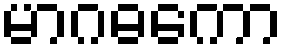
မာဂဓကော